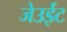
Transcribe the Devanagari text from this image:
जेउईट